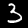
Label: 3